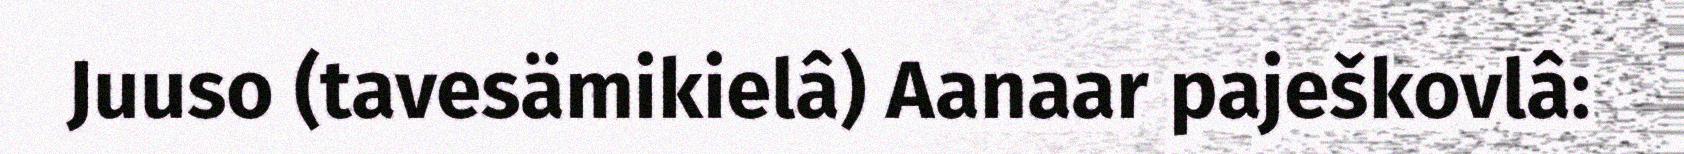
Juuso (tavesämikielâ) Aanaar paješkovlâ: